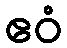
ဧဝံ